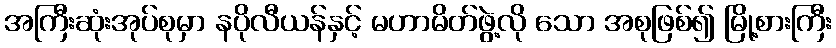
အကြီးဆုံးအုပ်စုမှာ နပိုလီယန်နှင့် မဟာမိတ်ဖွဲ့လို သော အစုဖြစ်၍ မြို့စားကြီး